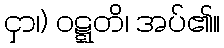
ငှာ၊) ဝဋ္ဋတိ၊ အပ်၏။